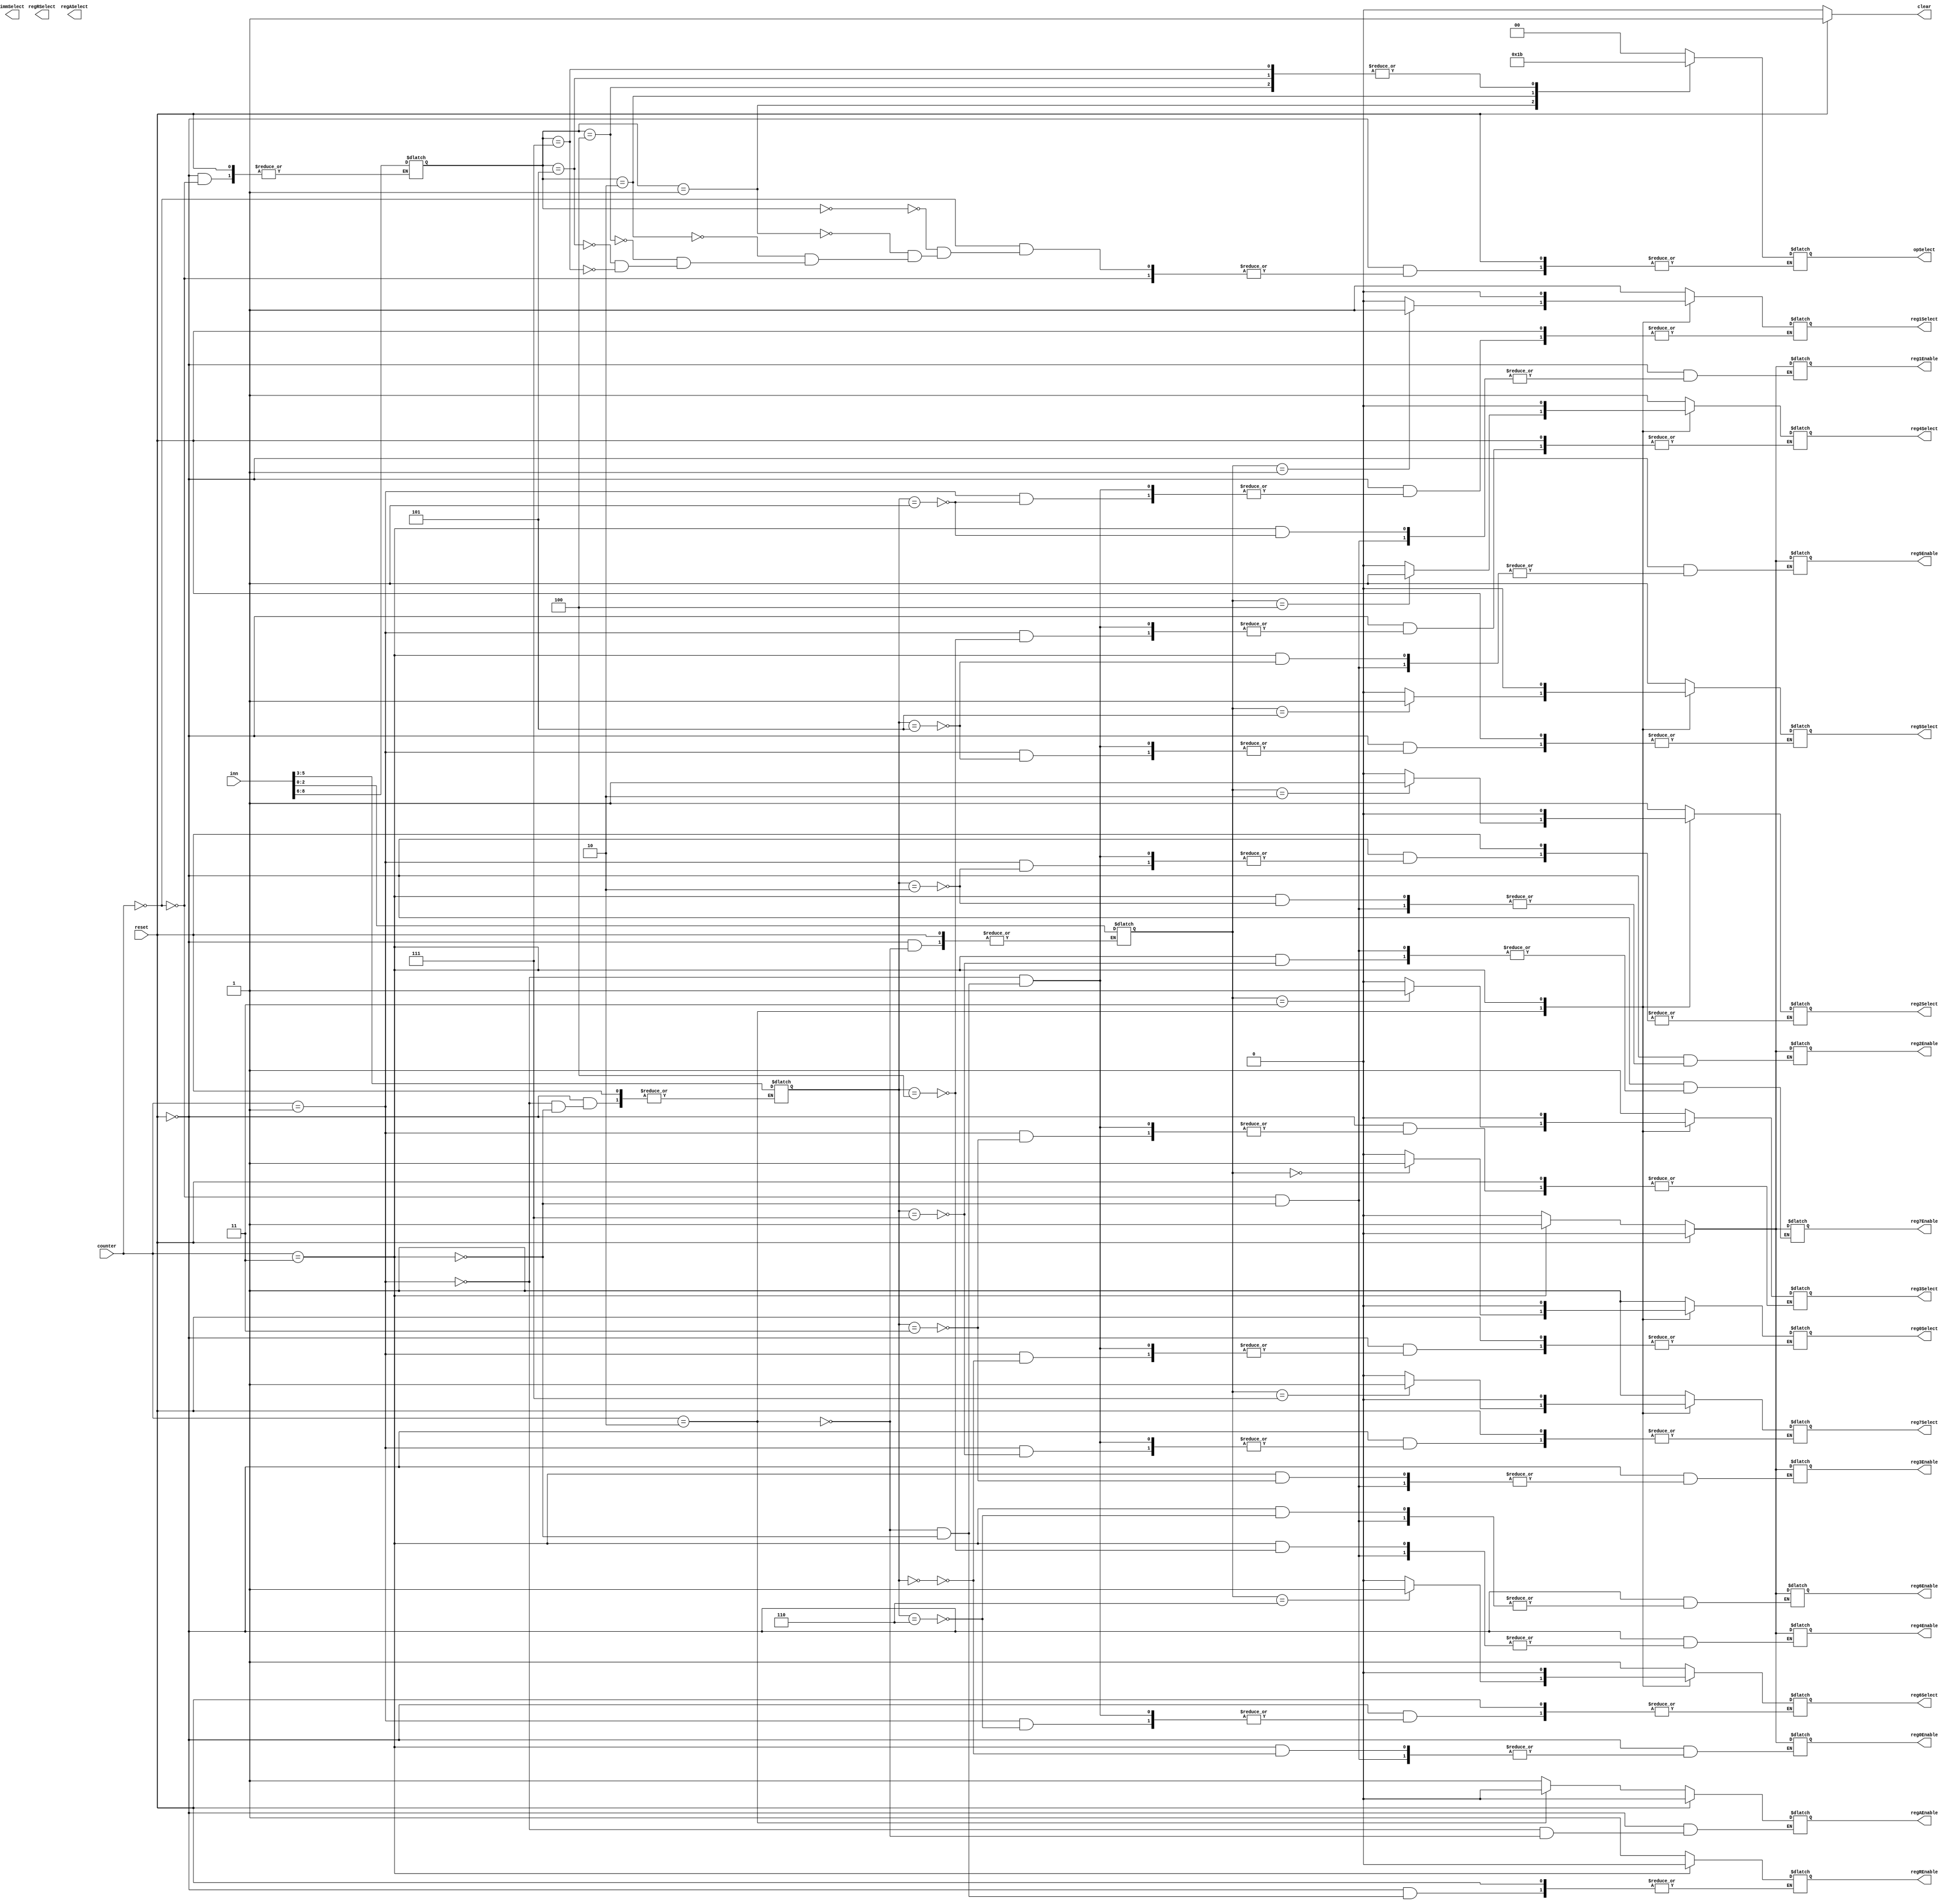
module control_unit(
input [1:0] counter,
input reset,
input [15:0] inn,
output clear,
output [1:0] opSelect,
output immSelect,
output regRSelect,
output regASelect,
output reg0Select,
output reg1Select,
output reg2Select,
output reg3Select,
output reg4Select,
output reg5Select,
output reg6Select,
output reg7Select,
output regREnable,
output regAEnable,
output reg0Enable,
output reg1Enable,
output reg2Enable,
output reg3Enable,
output reg4Enable,
output reg5Enable,
output reg6Enable,
output reg7Enable
);


reg clear;
reg [1:0] opSelect;
reg immSelect;
reg regRSelect;
reg regASelect;
reg reg0Select;
reg reg1Select;
reg reg2Select;
reg reg3Select;
reg reg4Select;
reg reg5Select;
reg reg6Select;
reg reg7Select;
reg regREnable;
reg regAEnable;
reg reg0Enable;
reg reg1Enable;
reg reg2Enable;
reg reg3Enable;
reg reg4Enable;
reg reg5Enable;
reg reg6Enable;
reg reg7Enable;

// auxiliary
reg [2:0] firstReg;
reg [2:0] secondReg;
reg [2:0] instruction;

always @(counter or reset) begin

	if(reset) begin
		clear <= 1; // reset counter

		// reseting all output write signals
		regAEnable <= 0;
		reg0Enable <= 0;
		reg1Enable <= 0;
		reg2Enable <= 0;
		reg3Enable <= 0;
		reg4Enable <= 0;
		reg5Enable <= 0;
		reg6Enable <= 0;
		reg7Enable <= 0;
	end // end reset == 1

	else begin
		clear <= 0;
		case(counter)
		2'b00: begin // 1st cycle: instruction identification
			
			// unselecting all registers
			reg0Enable <= 0;
			reg1Enable <= 0;
			reg2Enable <= 0;
			reg3Enable <= 0;
			reg4Enable <= 0;
			reg5Enable <= 0;
			reg6Enable <= 0;
			reg7Enable <= 0;

			instruction <= inn[8:6];
			case(instruction) // select ALU opcode
				3'b000: opSelect <= 2'b00;
				3'b001: opSelect <= 2'b01;
				3'b010: opSelect <= 2'b10;
				3'b100: opSelect <= 2'b11;
				3'b101: opSelect <= 2'b11;
				3'b111: opSelect <= 2'b11;
			endcase
		end // end counter == 0

		2'b01: begin // 2nd cycle: 1st reg identified

			firstReg <= inn[5:3];
			case(firstReg) // select 1st reg0-7 to be written in regA
				3'b000: reg0Select <= 1;
				3'b001: reg1Select <= 1;
				3'b010: reg2Select <= 1;
				3'b011: reg3Select <= 1;
				3'b100: reg4Select <= 1;
				3'b101: reg5Select <= 1;
				3'b110: reg6Select <= 1;
				3'b111: reg7Select <= 1;
			endcase
			regAEnable <= 1;
		end // end counter == 1

		2'b10: begin // 3rd cycle: 2nd reg identified
			secondReg <= inn[2:0];

			// unselecting all registers
			reg0Select <= 0;
			reg1Select <= 0;
			reg2Select <= 0;
			reg3Select <= 0;
			reg4Select <= 0;
			reg5Select <= 0;
			reg6Select <= 0;
			reg7Select <= 0;

			case(secondReg) // select 2st reg0-7 to be sent to ALU
				3'b000: reg0Select <= 1;
				3'b001: reg1Select <= 1;
				3'b010: reg2Select <= 1;
				3'b011: reg3Select <= 1;
				3'b100: reg4Select <= 1;
				3'b101: reg5Select <= 1;
				3'b110: reg6Select <= 1;
				3'b111: reg7Select <= 1;
			endcase
			regREnable <= 1;
			regAEnable <= 0;
		end // end counter == 2

		2'b11: begin // 4th cycle: 

			// unselecting all registers
			reg0Select <= 0;
			reg1Select <= 0;
			reg2Select <= 0;
			reg3Select <= 0;
			reg4Select <= 0;
			reg5Select <= 0;
			reg6Select <= 0;
			reg7Select <= 0;

			firstReg <= inn[5:3];
			case(firstReg) // enable write in 1st reg0-7 to save result
				3'b000: reg0Enable <= 1;
				3'b001: reg1Enable <= 1;
				3'b010: reg2Enable <= 1;
				3'b011: reg3Enable <= 1;
				3'b100: reg4Enable <= 1;
				3'b101: reg5Enable <= 1;
				3'b110: reg6Enable <= 1;
				3'b111: reg7Enable <= 1;
			endcase
			regREnable <= 0;
		end // end counter == 3
	endcase // end case(counter) block
end // end else block
end // end always block

endmodule